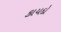
કાયદો